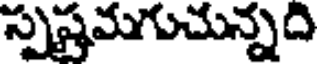
స్పష్టమగుచున్నది